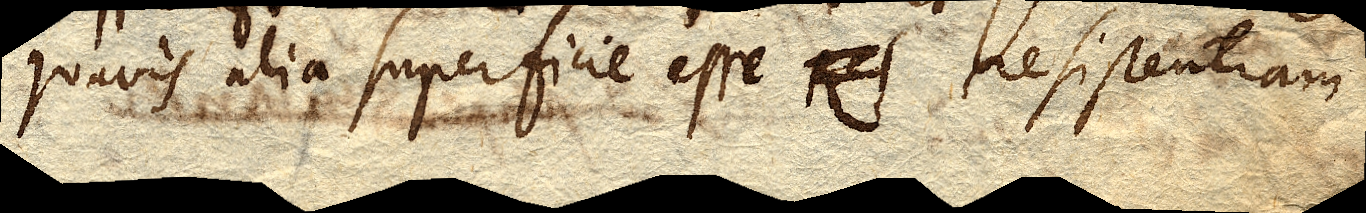
quavis alia superficie esse xx resistentiam.